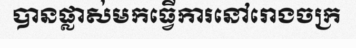
បានផ្លាស់មកធ្វើការនៅរោងចក្រ